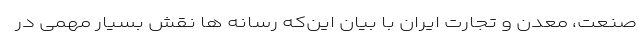
صنعت، معدن و تجارت ایران با بیان این‌که رسانه ها نقش بسیار مهمی در